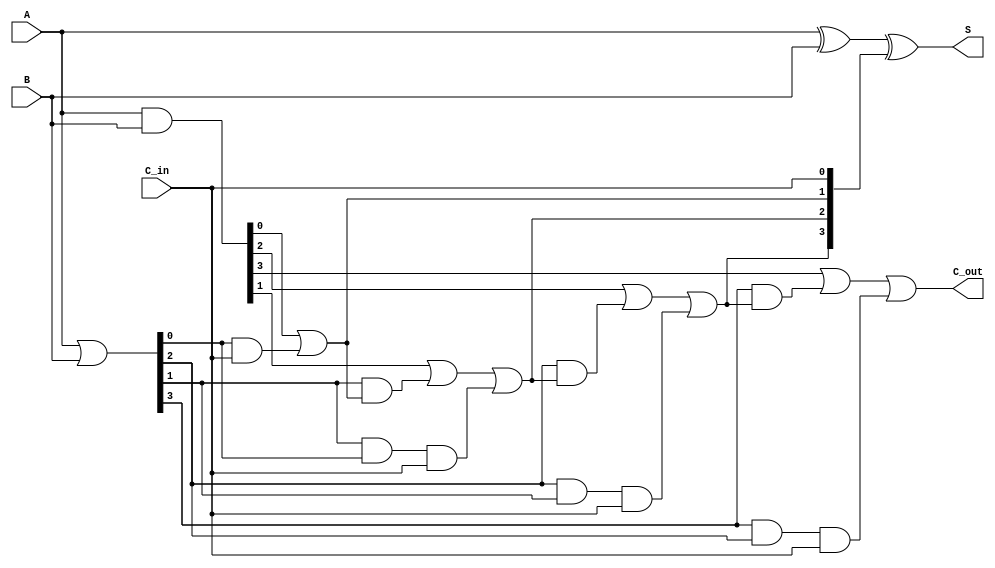
module carry_lookahead_adder #(parameter n = 4) (
    input  [n-1:0] A,      // First n-bit input
    input  [n-1:0] B,      // Second n-bit input
    input          C_in,    // Carry-in input
    output [n-1:0] S,      // n-bit sum output
    output         C_out     // Carry-out output
);

    // Internal signals for generate (G) and propagate (P)
    wire [n-1:0] G; // Generate signals
    wire [n-1:0] P; // Propagate signals
    wire [n:0] C;   // Carry signals

    // Generate and propagate logic
    assign G = A & B;                   // G[i] = A[i] AND B[i]
    assign P = A | B;                   // P[i] = A[i] OR B[i]

    // Carry signals calculation
    assign C[0] = C_in; // C[0] = C_in

    genvar i;
    generate
        for (i = 0; i < n; i = i + 1) begin : carry_logic
            if (i == 0) begin
                assign C[i + 1] = G[i] | (P[i] & C[0]);
            end else begin
                assign C[i + 1] = G[i] | (P[i] & C[i]) | (P[i] & P[i - 1] & C[0]);
            end
        end
    endgenerate

    // Sum calculation
    assign S = A ^ B ^ C[n-1:0]; // S[i] = A[i] XOR B[i] XOR C[i]

    // Carry-out output
    assign C_out = C[n];

endmodule